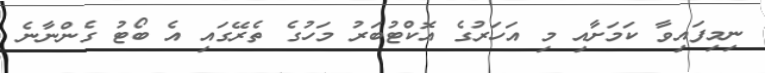
ނިމިފައިވާ ކަމަށާއި މި އަހަރުގެ އޮކްޓުބަރު މަހުގެ ތެރޭގައި އެ ބޯޓު ގެންނާނެ